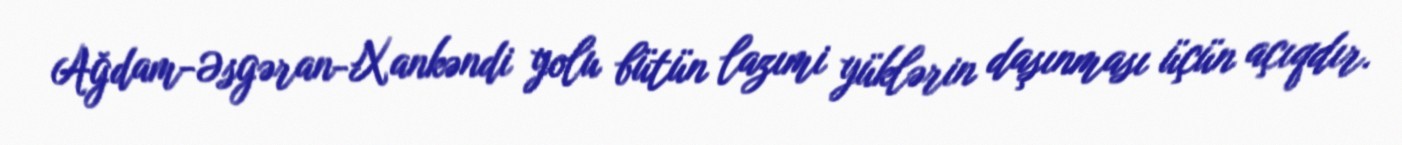
Ağdam-Əsgəran-Xankəndi yolu bütün lazımi yüklərin daşınması üçün açıqdır.